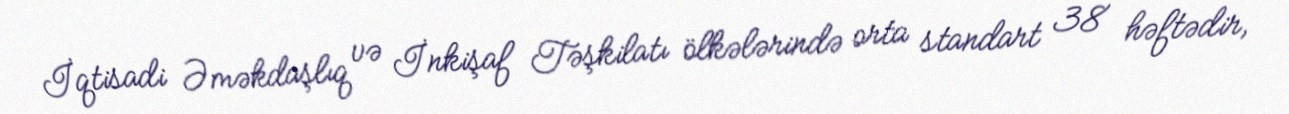
İqtisadi Əməkdaşlıq və İnkişaf Təşkilatı ölkələrində orta standart 38 həftədir,